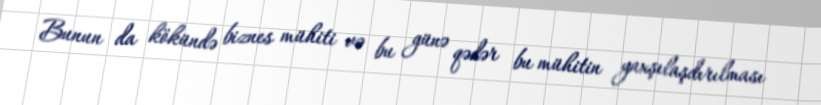
Bunun da kökündə biznes mühiti və bu günə qədər bu mühitin yaxşılaşdırılması